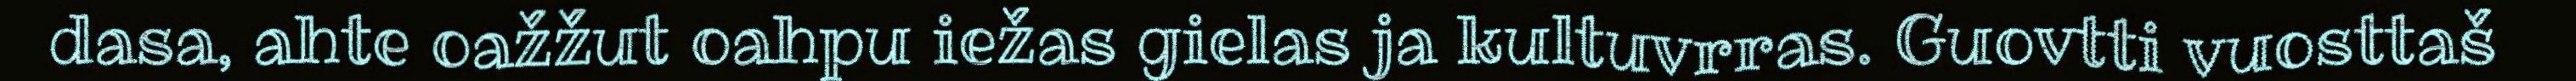
dasa, ahte oažžut oahpu iežas gielas ja kultuvrras. Guovtti vuosttaš